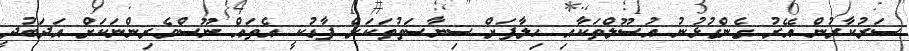
ސަރުކާރުން އޭރު ގެންގުޅުނު އުސޫލްތަކާއި ހިލާފަށް ސިޔާސަތުތަކަށް ފާޑުކީ އެތައް ނޫސްވެރިންނަކަށް އަދަބުދީ